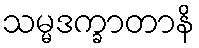
သမ္မဒက္ခာတာနိ